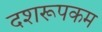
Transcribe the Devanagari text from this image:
दशरूपकम